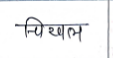
मजकूर: चिखल